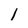
Character: 1